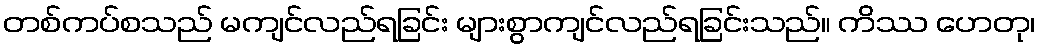
တစ်ကပ်စသည် မကျင်လည်ရခြင်း များစွာကျင်လည်ရခြင်းသည်။ ကိဿ ဟေတု၊